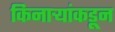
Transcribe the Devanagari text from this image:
किनाऱ्यांकडून